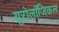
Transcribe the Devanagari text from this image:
यूरोलॉजिकल